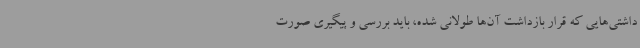
داشتی‌هایی که قرار بازداشت آن‌ها طولانی شده، باید بررسی و پیگیری صورت